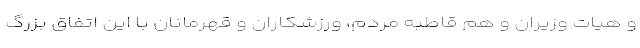
و هیات وزیران و هم قاطبه مردم، ورزشکاران و قهرمانان با این اتفاق بزرگ